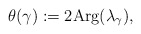
\begin{align*} \theta(\gamma):=2 \mathrm{Arg}(\lambda_{\gamma}), \end{align*}